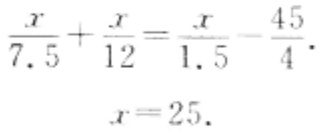
\[\frac{x}{7.5}+\frac{x}{12}=\frac{x}{1.5}-\frac{45}{4}.\]
\[x = 25.\]